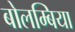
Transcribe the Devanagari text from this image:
बोलम्बिया